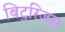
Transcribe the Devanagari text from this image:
बिटुरिजस